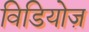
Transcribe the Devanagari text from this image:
विडियोज़